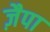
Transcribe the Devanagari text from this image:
ज़ैपा